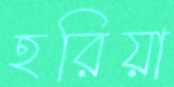
হরিয়া